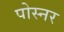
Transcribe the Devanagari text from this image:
पोस्‍नर